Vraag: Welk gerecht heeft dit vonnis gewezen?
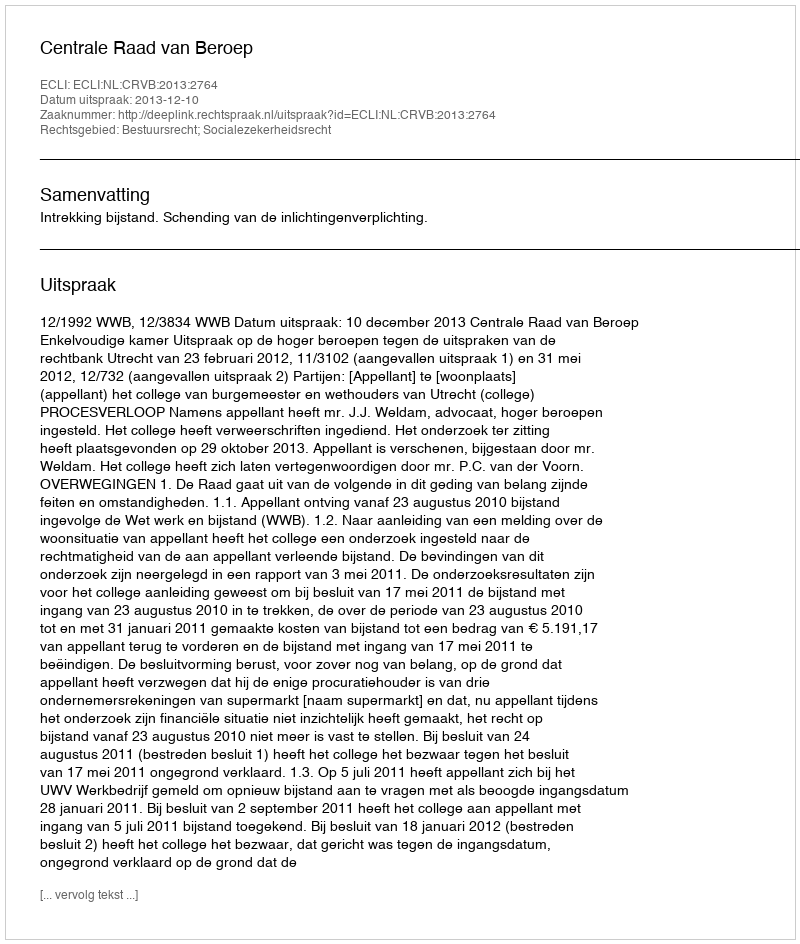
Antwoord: Centrale Raad van Beroep